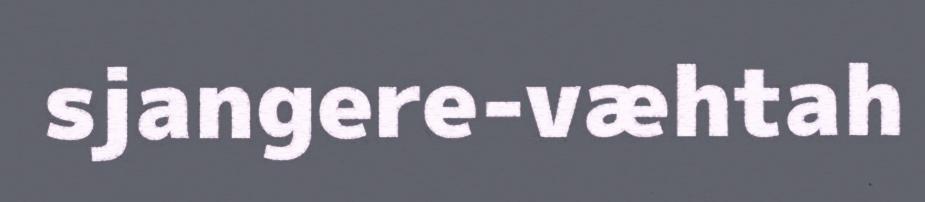
sjangere-væhtah